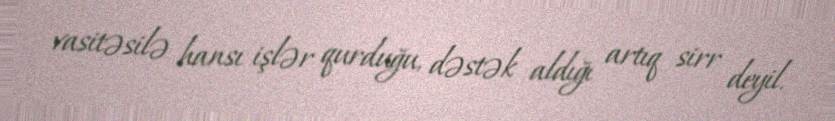
vasitəsilə hansı işlər qurduğu, dəstək aldığı artıq sirr deyil.